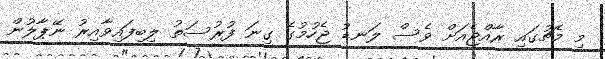
މި މެޗުގައި ރާއްޖެއަށް ވެސް ލަނޑު ޖެހުމުގެ ގިނަ ފުރުސަތު ލިބިފައިވާއިރު ނޭޕާލުން